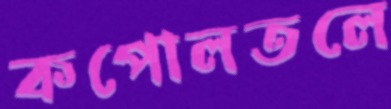
কপোলতলে